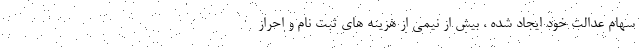
سهام عدالت خود ایجاد شده ، بیش از نیمی از هزینه های ثبت نام و احراز